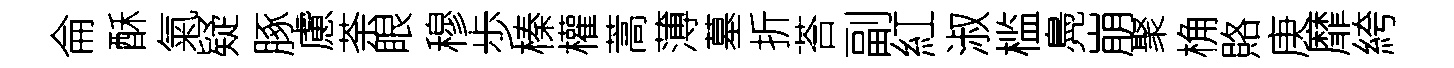
侖酥氣疑䐁慮荼眼穆歩榛權蒿薄墓折荅副紅淑槛鳧崩聚桷賂庚靡絝